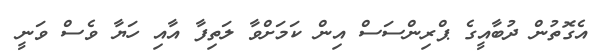
އެގޮތުން ދުބާއީގެ ޕްރިންސަސް އިން ކަމަށްވާ ލަތިފާ އާއި ހަޔާ ވެސް ވަނީ